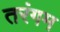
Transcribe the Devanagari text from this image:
तरंगम